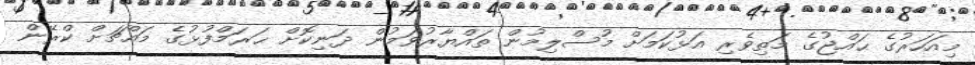
މިއަހަރުގެ ޙައްޖުގެ މަތިވެރި އަޅުކަމަށް މުސްލިމުން ތައްޔާރުވަމުން ދަނިކޮށް ޙަރަމްފުޅުގެ މައްޗަށް ކްރޭން